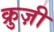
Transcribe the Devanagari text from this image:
क्रुज़ी